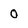
Character: 0